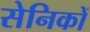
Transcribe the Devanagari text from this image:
सेनिकों